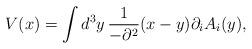
LaTeX: \begin{align*}V(x)=\int d^3y\,\frac{1}{-\partial ^2}(x-y)\partial _iA_i(y),\end{align*}